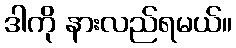
ဒါကို နားလည်ရမယ်။